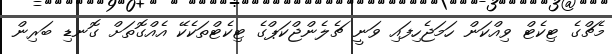
މެޗްގެ ޓިކެޓް ވިއްކަން ހަމަޖެހިފައި ވަނީ ޗެލެންޖްކަޕްގެ ޓިކެޓްތަކެކޭ އެއްގޮތަށް ގޮނޑި ބަރިން